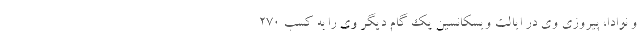
و نوادا، پیروزی وی در ایالت ویسکانسین یک گام دیگر وی را به کسب 270